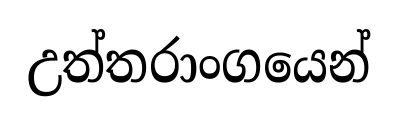
උත්තරාංගයෙන්